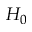
H _ { 0 }